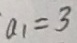
a _ { 1 } = 3